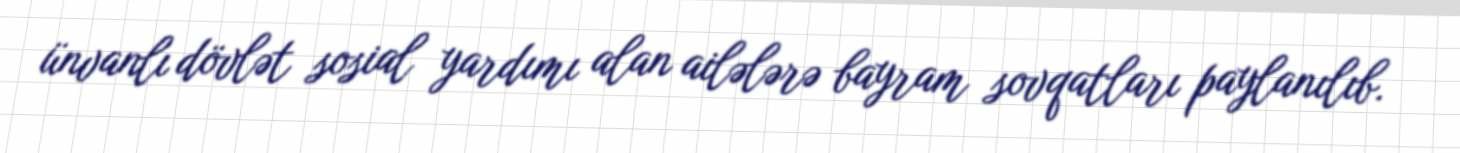
ünvanlı dövlət sosial yardımı alan ailələrə bayram sovqatları paylanılıb.